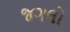
જગલો